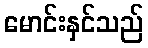
မောင်းနှင်သည်